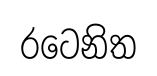
රටෙනිත